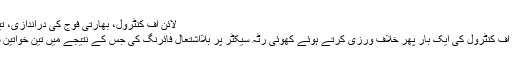
لائن آف کنٹرول، بھارتی فوج کی دراندازی، تین خواتین سمیت 5 افراد زخمی
راولپنڈی: بھارتی فوج نے لائن آف کنٹرول کی ایک بار پھر خلاف ورزی کرتے ہوئے کھوئی رٹہ سیکٹر پر بلااشتعال فائرنگ کی جس کے نتیجے میں تین خواتین سمیت پانچ افراد زخمی ہوگئے۔